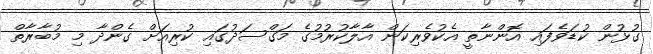
ގުޅުން ކުޑަވެފައި އޮންނާތީ އެކުވެރިކަން އާލާކުރުމުގެ މަގްސަދުގައި ކުރިއަށް ގެންދާ މި މުބާރާތް